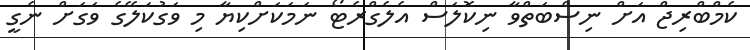
ކެމްބްރިޖް އަށް ނިސްބަތްވާ ނިކޮލަސް އެލެގްރެޓޯ ނަމަކަށްކިޔާ މި ވަގުކަލޭގެ ވަގަށް ނެގީ